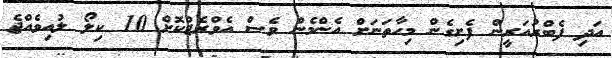
އަދި ފެބްރުއަރީން ފެށިގެން މިހާތަނަށް އެންމެން ވެސް އެވްރެޖްކޮށް 10 ކިލޯ ލުއިވެއްޖެ